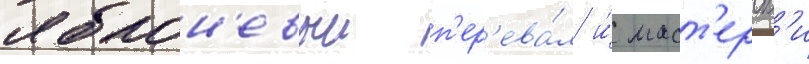
яблон'евыи п'ер'ева́л и́ маст'ерск'и